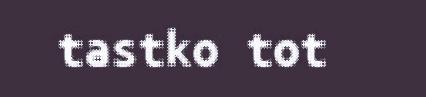
tastko tot